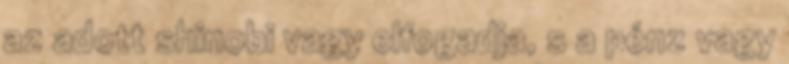
az adott shinobi vagy elfogadja, s a pénz vagy